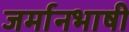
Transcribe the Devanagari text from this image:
जर्मानभाषी